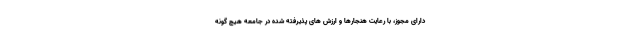
دارای مجوز، با رعایت هنجارها و ارزش های پذیرفته شده در جامعه هیچ گونه